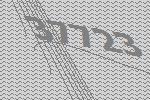
37723